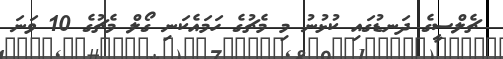
ޗެލްސީގެ ދަނޑުގައި ކުޅުނު މި މެޗުގެ ހަމައެކަނި ގޯލް މެޗުގެ 10 ވަނަ